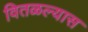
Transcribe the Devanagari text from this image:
वितळल्यास